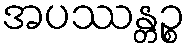
အပဿန္တဉ္စ